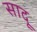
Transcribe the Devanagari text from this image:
सादू